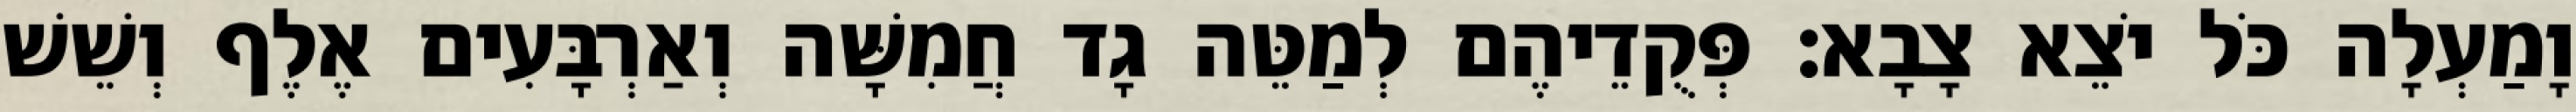
וָמַעְלָה כֹּל יֹצֵא צָבָא׃ פְּקֻדֵיהֶם לְמַטֵּה גָד חֲמִשָּׁה וְאַרְבָּעִים אֶלֶף וְשֵׁשׁ